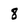
Character: 8